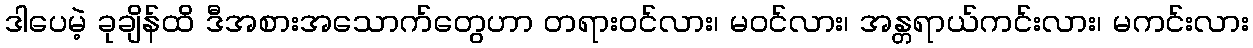
ဒါပေမဲ့ ခုချိန်ထိ ဒီအစားအသောက်တွေဟာ တရားဝင်လား၊ မဝင်လား၊ အန္တရာယ်ကင်းလား၊ မကင်းလား